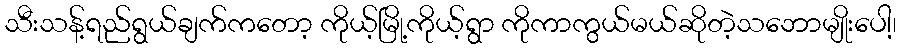
သီးသန့်ရည်ရွယ်ချက်ကတော့ ကိုယ့်မြို့ကိုယ့်ရွာ ကိုကာကွယ်မယ်ဆိုတဲ့သဘောမျိုးပေါ့၊